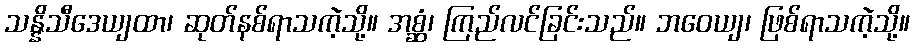
သန္နိသီဒေယျထာ၊ ဆုတ်နစ်ရာသကဲ့သို့။ အစ္ဆံ၊ ကြည်လင်ခြင်းသည်။ ဘဝေယျ၊ ဖြစ်ရာသကဲ့သို့။